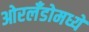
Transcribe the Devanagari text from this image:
ओरलँडोमध्ये